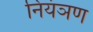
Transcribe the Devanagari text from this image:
नियंञण